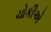
ચોકીએ